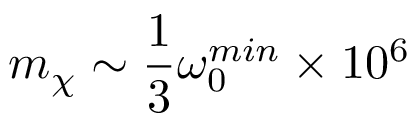
m _ { \chi } \sim \frac { 1 } { 3 } \omega _ { 0 } ^ { m i n } \times 1 0 ^ { 6 }